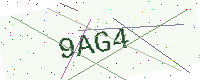
Text: 9AG4